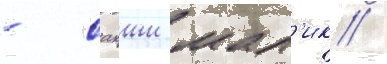
- сакши мал'ик /